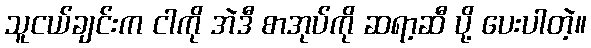
သူငယ်ချင်းက ငါကို အဲဒီ စာအုပ်ကို ဆရာ့ဆီ ပို့ ပေးပါတဲ့။